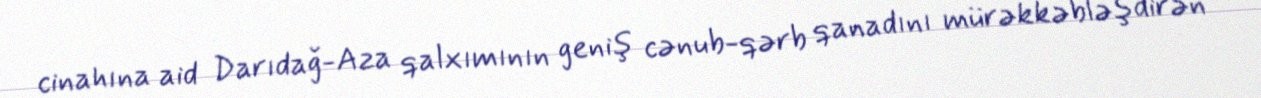
cinahına aid Darıdağ-Aza qalxımının geniş cənub-qərb qanadını mürəkkəbləşdirən